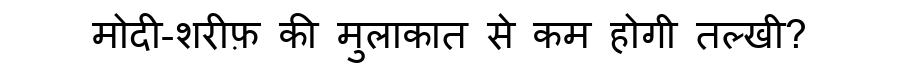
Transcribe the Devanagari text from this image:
मोदी-शरीफ़ की मुलाकात से कम होगी तल्खी?